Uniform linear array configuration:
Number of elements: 8
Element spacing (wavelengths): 0.75
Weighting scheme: uniform
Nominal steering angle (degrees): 30
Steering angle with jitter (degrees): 29.411
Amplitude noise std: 0.05
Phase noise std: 0.05

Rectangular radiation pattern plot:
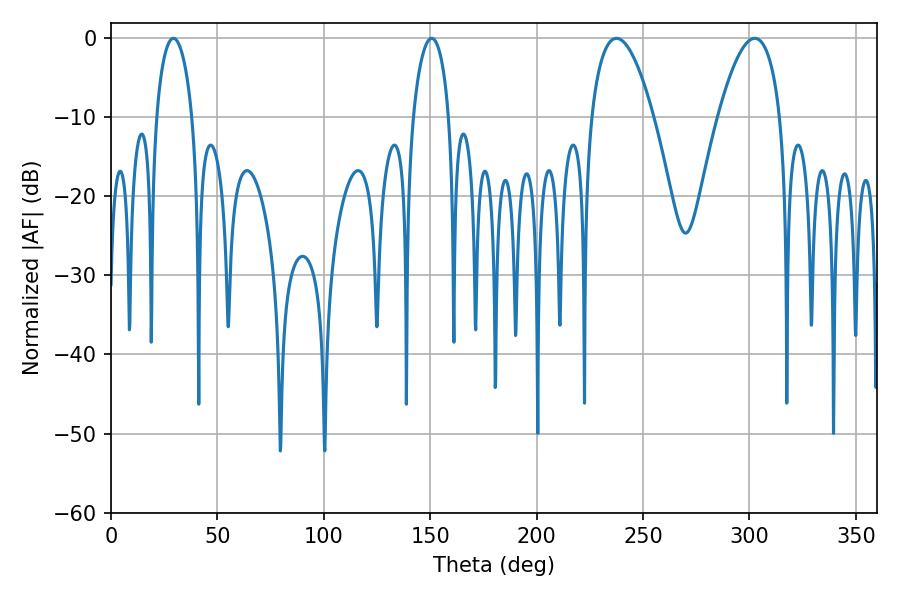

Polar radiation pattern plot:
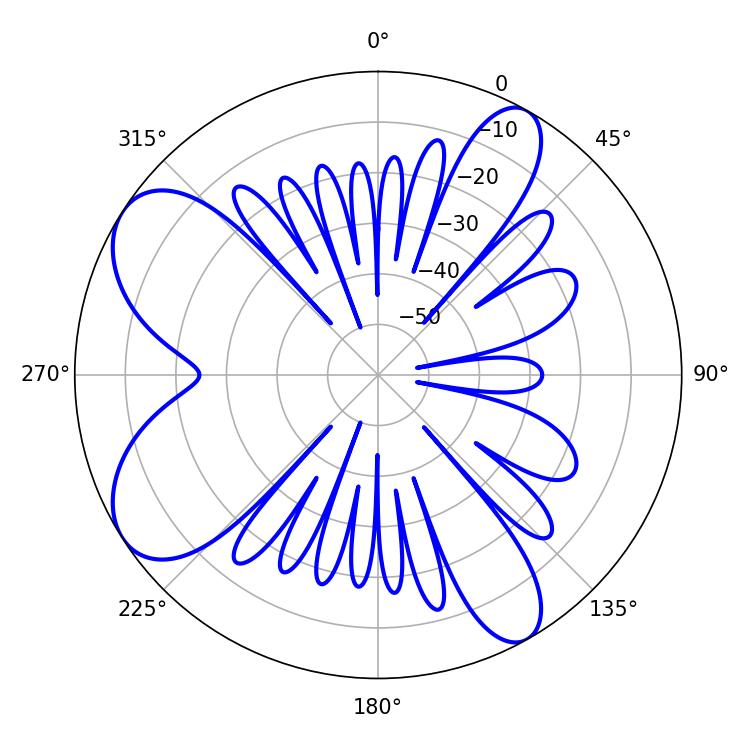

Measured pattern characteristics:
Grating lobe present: TRUE
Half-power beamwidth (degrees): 9.54
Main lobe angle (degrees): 150.66